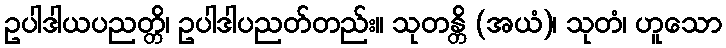
ဥပါဒါယပညတ္တိ၊ ဥပါဒါပညတ်တည်း။ သုတန္တိ (အယံ)၊ သုတံ၊ ဟူသော